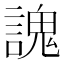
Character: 謉